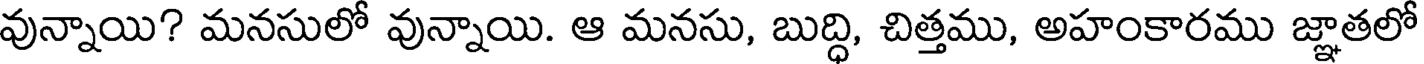
వున్నాయి? మనసులో వున్నాయి. ఆ మనసు, బుద్ధి, చిత్తము, అహంకారము జ్ఞాతలో